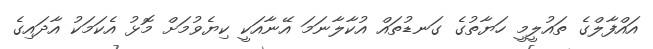
އައްފާލްގެ ތައުލީމީ ހަޔާތުގެ ގަނޑުތައް އުކާލާނަމަ އޭނާއަކީ ކިޔެވުމަށް މޮޅު އެކަމަކު އާދައިގެ